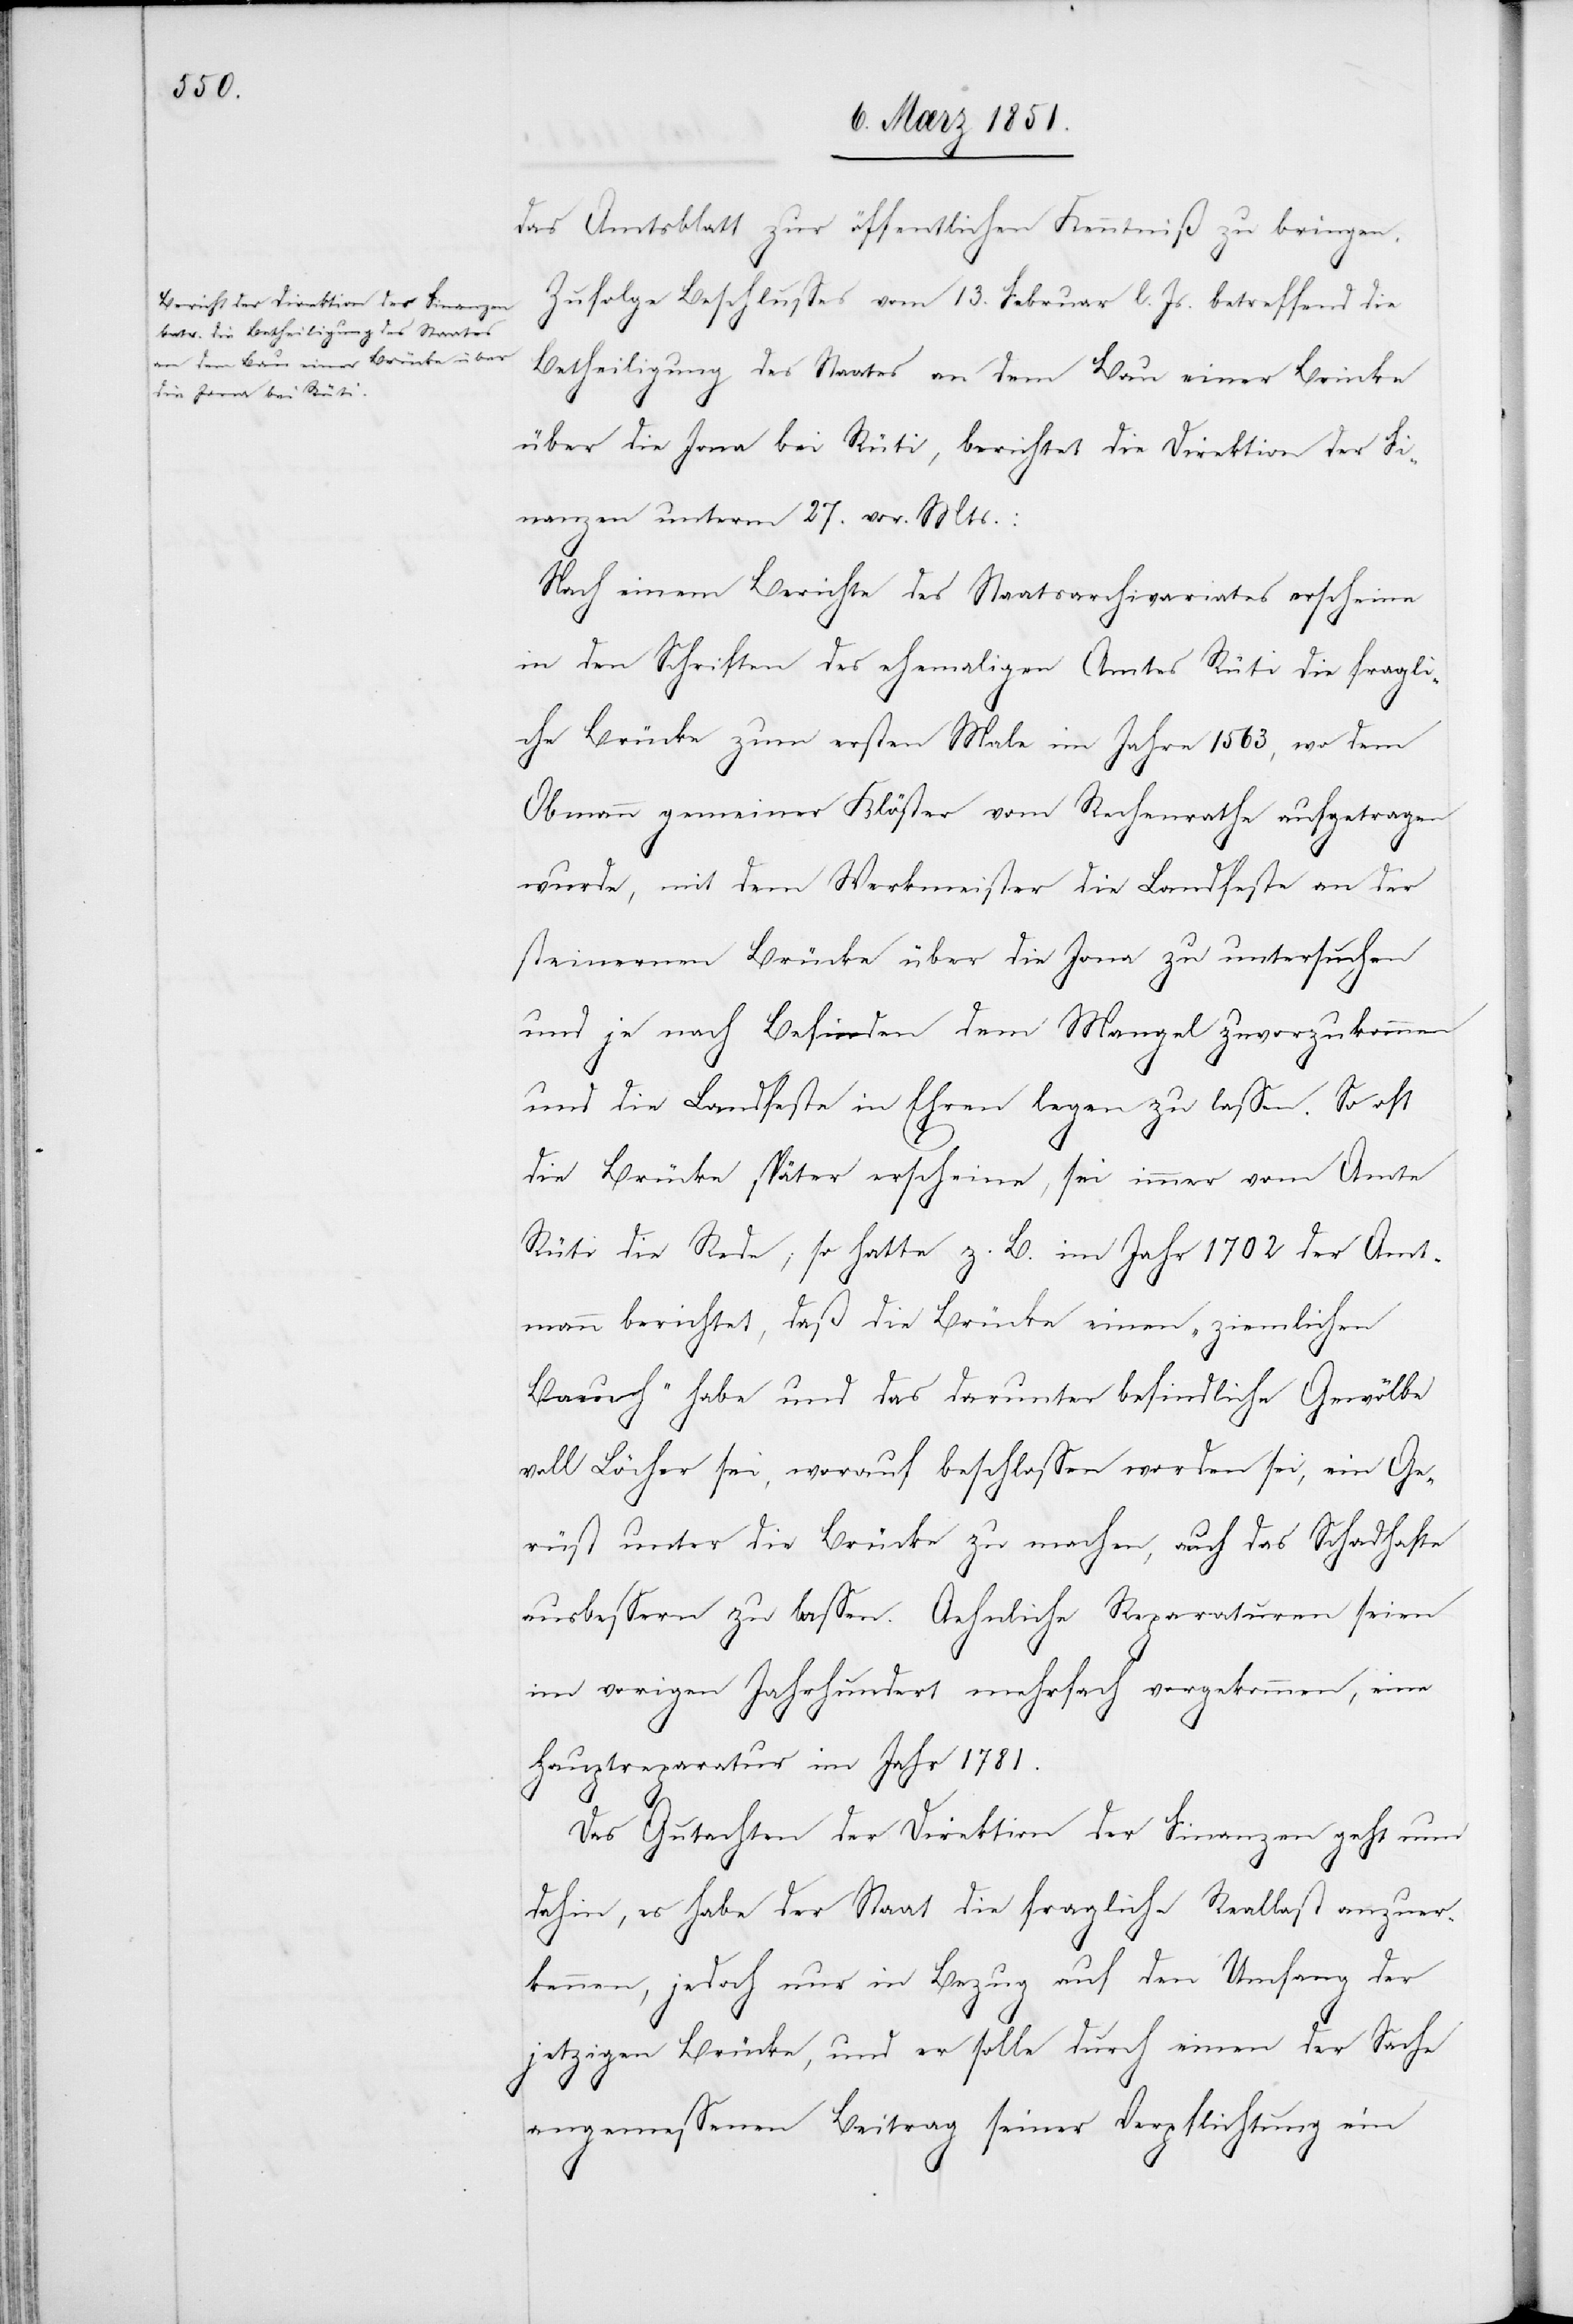
das Amtsblatt zur öffentlichen Kenntniß zu bringen.
Zufolge Beschlusses vom 13. Februar l. Js. betreffend die
Betheiligung des Staates an dem Bau einer Brücke
über die Jona bei Rüti, berichtet die Direktion der Fi¬
nanzen unterm 27. vor. Mts.:
Nach einem Berichte des Staatsarchivariates erscheine
in den Schriften des ehemaligen Amtes Rüti die fragli¬
che Brücke zum ersten Male im Jahre 1563, wo dem
Obmann gemeiner Klöster vom Rechenrathe aufgetragen
wurde, mit dem Werkmeister die Landfeste an der
steinernen Brücke über die Jona zu untersuchen
und je nach Befinden dem Mangel zuvorzukommen
und die Landfeste in Ehren legen zu lassen. So oft
die Brücke später erscheine, sei immer vom Amte
Rüti die Rede; so hatte z. B. im Jahr 1702 der Amt¬
mann berichtet, daß die Brücke einen „ziemlichen
Bauch“ habe und das darunter befindliche Gewölbe
voll Löcher sei, worauf beschlossen worden sei, ein Ge¬
rüst unter die Brücke zu machen, auch das Schadhafte
ausbessern zu lassen. Aehnliche Reparaturen seien
im vorigen Jahrhundert mehrfach vorgekommen, eine
Hauptreparatur im Jahr 1781.
Das Gutachten der Direktion der Finanzen geht nun
dahin, es habe der Staat die fragliche Reallast anzuer¬
kennen, jedoch nur in Bezug auf den Umfang der
jetzigen Brücke, und er solle durch einen der Sache
angemessenen Beitrag seiner Verpflichtung ein